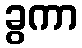
ခွကာ